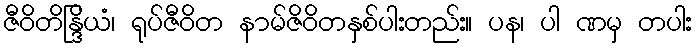
ဇီဝိတိန္ဒြိယံ၊ ရုပ်ဇီဝိတ နာမ်ဇိဝိတနှစ်ပါးတည်း။ ပန၊ ပါ ဏမှ တပါး